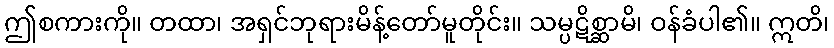
ဤစကားကို။ တထာ၊ အရှင်ဘုရားမိန့်တော်မူတိုင်း။ သမ္ပဋိစ္ဆာမိ၊ ဝန်ခံပါ၏။ ဣတိ၊